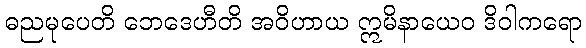
ဓညမုပေတိ ဘေဒေဟီတိ အဝိဟာယ ဣမိနာယေဝ ဒိဝါကရော